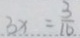
3 x = \frac { 3 } { 1 6 }